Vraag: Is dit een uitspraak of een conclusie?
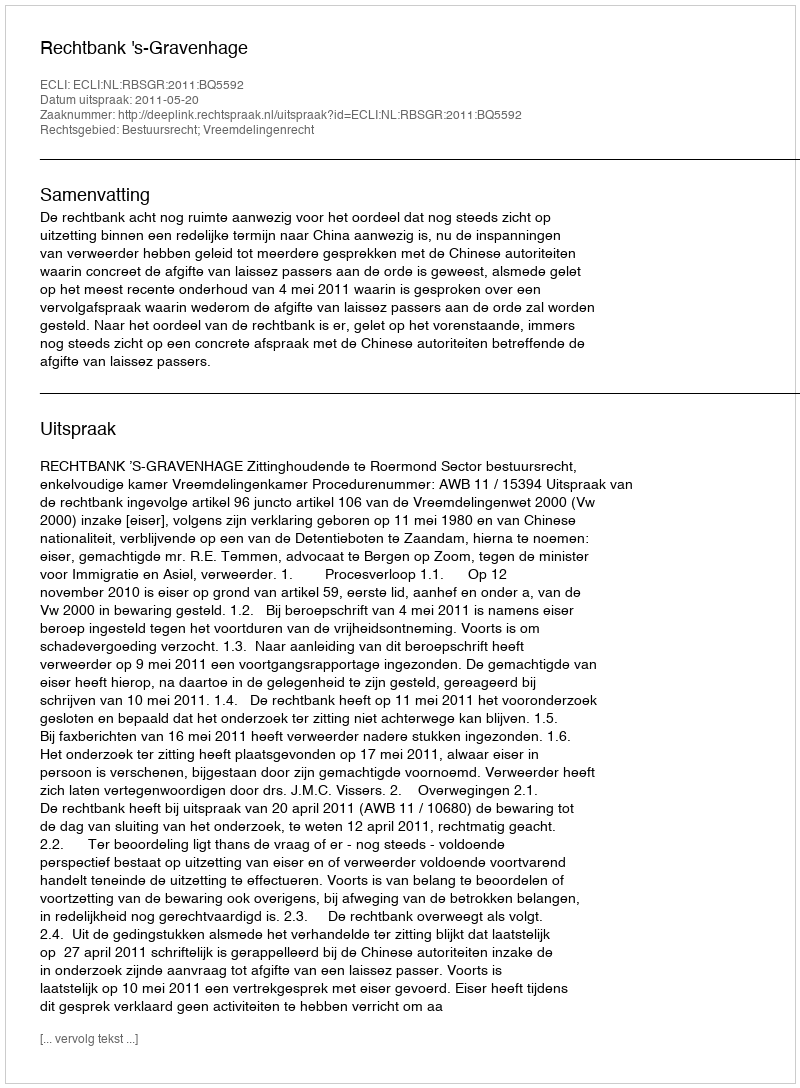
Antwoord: Uitspraak